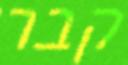
קבר